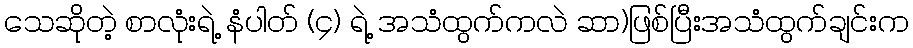
သေဆိုတဲ့ စာလုံးရဲ့ နံပါတ် (၄) ရဲ့ အသံထွက်ကလဲ ဆာ)ဖြစ်ပြီးအသံထွက်ချင်းက